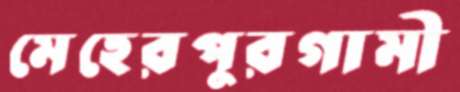
মেহেরপুরগামী